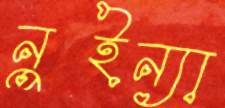
নুইন্যা